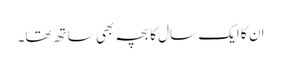
ان کا ایک سال کا بچہ بھی ساتھ تھا۔